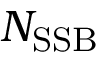
N _ { \mathrm { S S B } }